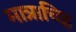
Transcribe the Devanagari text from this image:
मात्राचिह्न